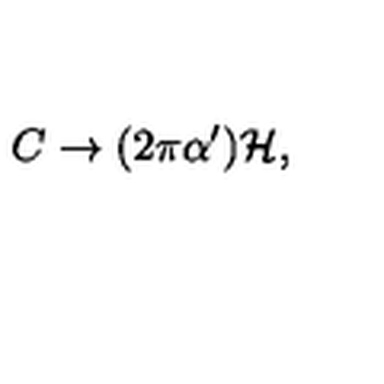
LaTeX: C \rightarrow ( 2 \pi \alpha ^ { \prime } ) { \cal H } ,